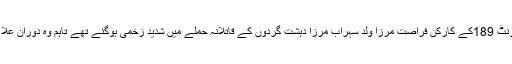
20مارچ کو ناظم آباد گلبہار سیکٹر یونٹ 189کے کارکن فراصت مرزا ولد سہراب مرزا دہشت گردوں کے قاتلانہ حملے میں شدید زخمی ہوگئے تھے تاہم وہ دوران علاج جانبر نہ ہوسکے اور شہید ہوگئے ۔